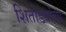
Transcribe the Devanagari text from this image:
शिंतोड्यांचा